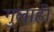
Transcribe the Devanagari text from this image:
गुलाही